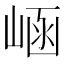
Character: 崡